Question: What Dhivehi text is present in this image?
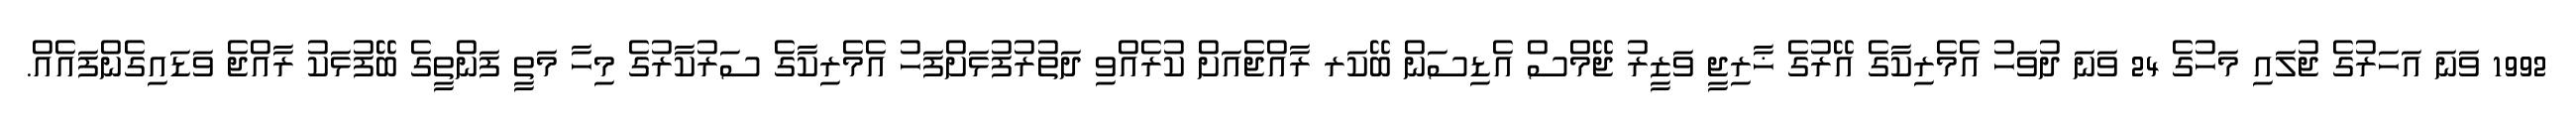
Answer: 1992 ވަނަ އަހަރުގެ ޖުލައި މަހުގެ 24 ވަނަ ދުވަހު އެމެރިކާގެ އޭރުގެ ޚާރިޖީ ވަޒީރު ޖޭމްސް އެޑިސަން ބޭކަރ ރާއްޖެއަށް ކުރެއްވި ދަތުރުފުޅަށްފަހު އެމެރިކާގެ ސަރުކާރުގެ މިހާ މަތީ ފަންތީގެ ބޭފުޅަކު ރާއްޖެ ވަޑައިގެންފައެއް.